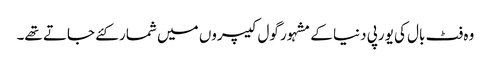
وہ فٹ بال کی یورپی دنیا کے مشہور گول کیپروں میں شمار کئے جاتے تھے۔